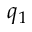
q _ { 1 }